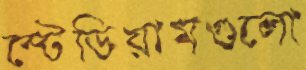
স্টেডিয়ামগুলো